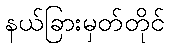
နယ်ခြားမှတ်တိုင်